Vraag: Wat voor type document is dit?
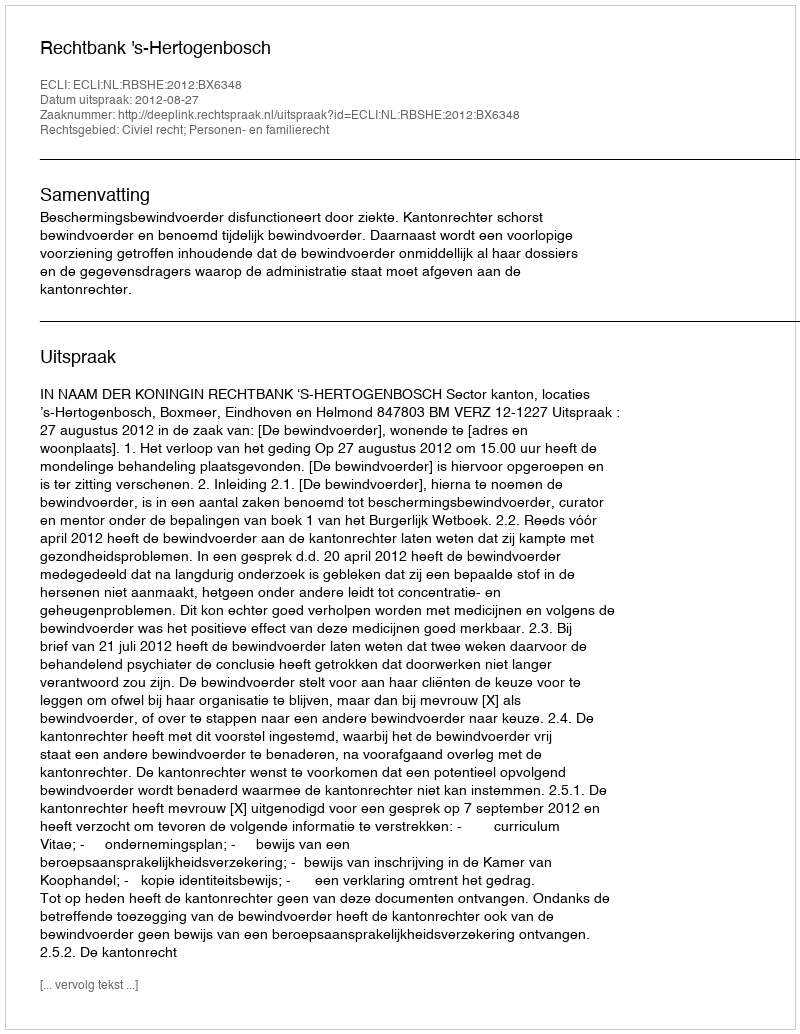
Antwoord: Uitspraak